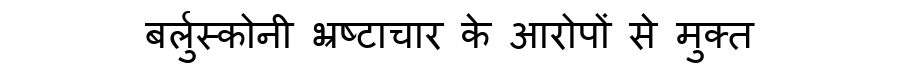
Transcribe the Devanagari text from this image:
बर्लुस्कोनी भ्रष्टाचार के आरोपों से मुक्त